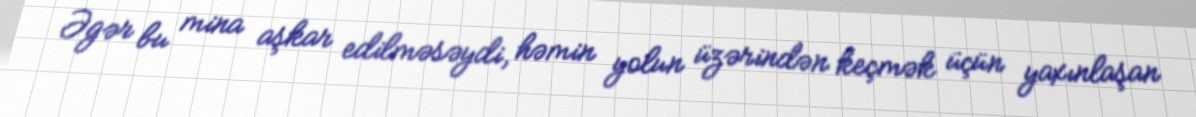
Əgər bu mina aşkar edilməsəydi, həmin yolun üzərindən keçmək üçün yaxınlaşan